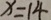
x = 1 4